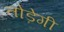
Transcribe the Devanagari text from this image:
तोड़ेगी